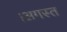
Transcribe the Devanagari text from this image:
।अगस्त